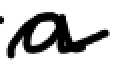
Text: a
Cross-out: wave
Writing tool: digital_black